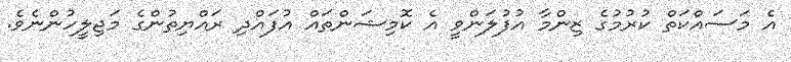
އެ މަސައްކަތް ކުރުމުގެ ޒިންމާ އުފުލަންވީ އެ ކޮމިޝަންތައް އުފައްދި ރައްޔިތުންގެ މަޖިލީހުންނެވެ.